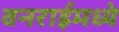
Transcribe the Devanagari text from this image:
वनराईमध्ये